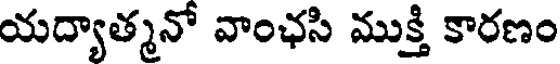
యద్యాత్మనో వాంఛసి ముక్తి కారణం